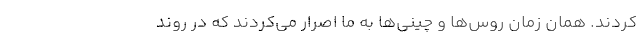
كردند. همان زمان روس‌ها و چيني‌ها به ما اصرار مي‌كردند كه در روند